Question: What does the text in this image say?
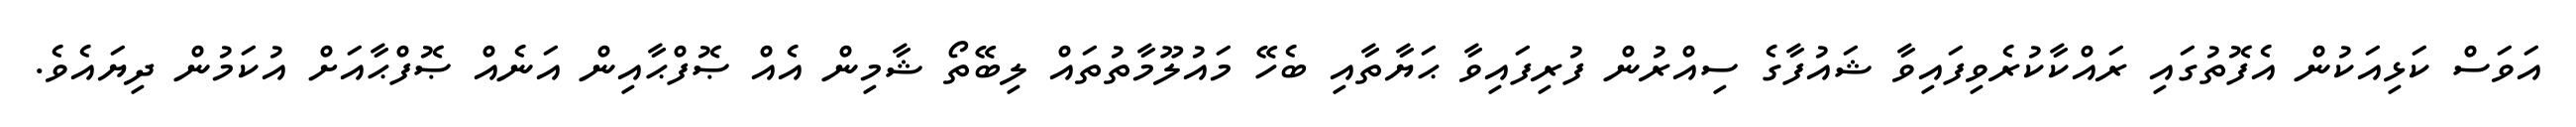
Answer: އަވަސް ކަޅިއަކުން އެފޮތުގައި ރައްކާކުރެވިފައިވާ ޝައުފާގެ ސިއްރުން ފުރިފައިވާ ޙަޔާތާއި ބެހޭ މައުލޫމާތުތައް ލިބޭތޯ ޝާމިން އެއް ޞޮފްޙާއިން އަނެއް ޞޮފްޙާއަށް އުކަމުން ދިޔައެވެ.